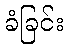
ခံခြင်း